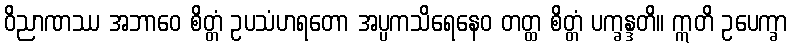
ဝိညာဏဿ အဘာဝေ စိတ္တံ ဥပသံဟရတော အပ္ပကသိရေနေဝ တတ္ထ စိတ္တံ ပက္ခန္ဒတိ။ ဣတိ ဥပေက္ခာ